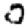
Digit: 0